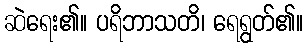
ဆဲရေး၏။ ပရိဘာသတိ၊ ရေရွတ်၏။